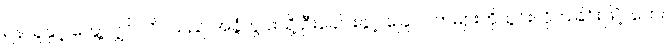
ရန်သူနှင့် တွေ့လျှင် လိပ်သည် အခွံတွင်းသို့ ဦးခေါင်းနှင့် ခြေ လက်များကိုသွင်းလိုက်ခြင်းဖြင့် ဘေး